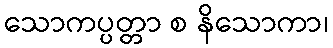
သောကပ္ပတ္တာ စ နိသောကာ၊